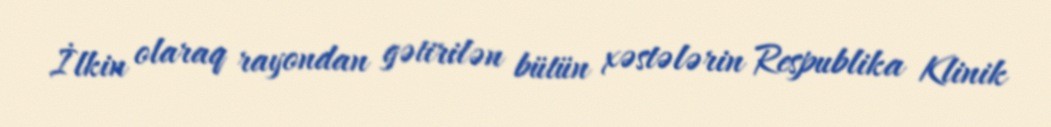
İlkin olaraq rayondan gətirilən bütün xəstələrin Respublika Klinik